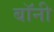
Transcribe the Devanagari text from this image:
बाॅनी